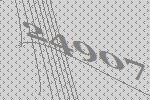
24907